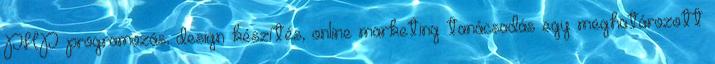
PHP programozás, design készítés, online marketing tanácsadás egy meghatározott